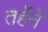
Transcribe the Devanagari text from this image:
तर्हेनें